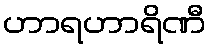
ဟာရဟာရိဏီ